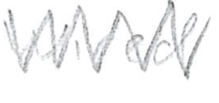
Text: Wired
Cross-out: zig-zag
Writing tool: pencil